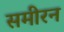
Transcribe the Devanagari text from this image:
समीरन